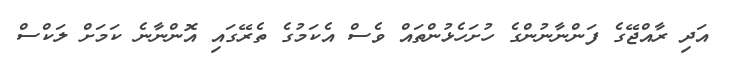
އަދި ރާއްޖޭގެ ފަންނާނުންގެ ހުށަހެޅުންތައް ވެސް އެކަމުގެ ތެރޭގައި އޮންނާނެ ކަމަށް ލަކްސް